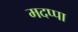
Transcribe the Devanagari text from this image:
मदप्पा